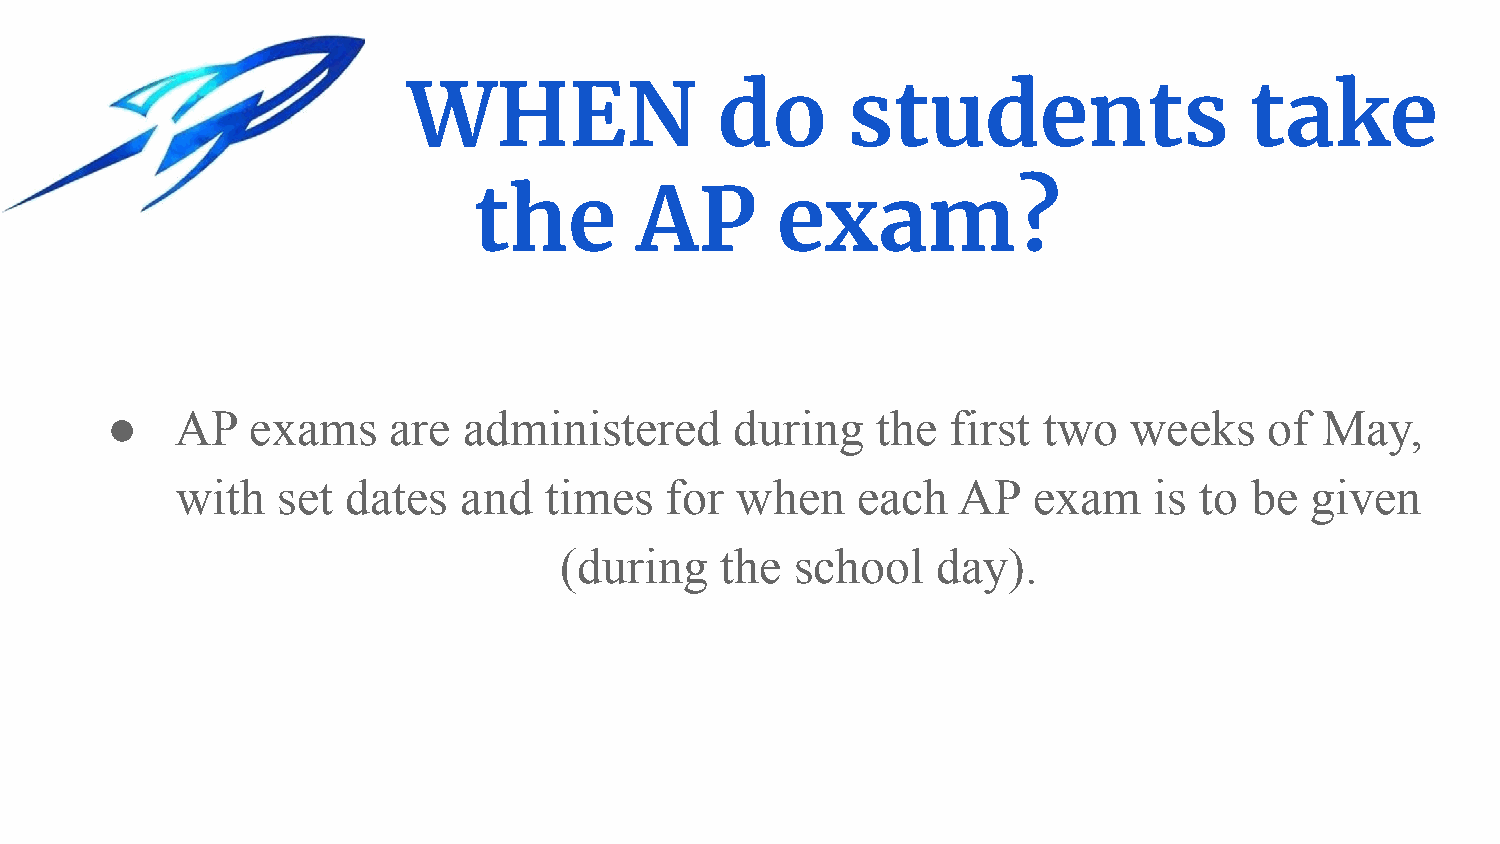
WHEN                 do      students                   take
 the        AP       exam?
 ●    AP   exams    are  administered      during   the  first two   weeks    of  May,
 with  set  dates  and   times   for  when    each  AP   exam    is to  be  given
 (during    the  school   day).